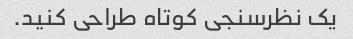
یک نظرسنجی کوتاه طراحی کنید.